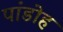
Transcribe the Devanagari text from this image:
पांडोह